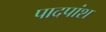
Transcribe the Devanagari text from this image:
पादपांश